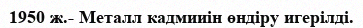
1950 ж.- Металл кадмииін өндіру игерілді.